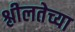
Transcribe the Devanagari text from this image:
श्लीलतेच्या